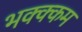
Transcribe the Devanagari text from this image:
भक्‍क्‍कम